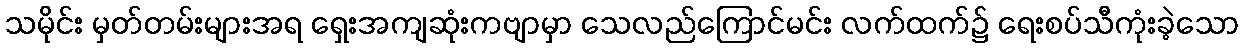
သမိုင်း မှတ်တမ်းများအရ ရှေးအကျဆုံးကဗျာမှာ သေလည်ကြောင်မင်း လက်ထက်၌ ရေးစပ်သီကုံးခဲ့သော